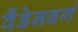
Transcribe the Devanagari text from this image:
वैंडेनबर्ग